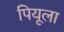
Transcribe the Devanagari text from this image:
पियूला